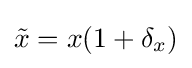
{\tilde {x}}=x(1+\delta _{x})